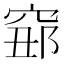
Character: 𥦅